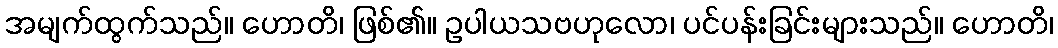
အမျက်ထွက်သည်။ ဟောတိ၊ ဖြစ်၏။ ဥပါယသဗဟုလော၊ ပင်ပန်းခြင်းများသည်။ ဟောတိ၊